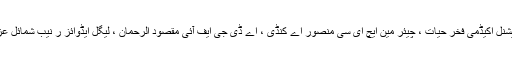
کمیٹی کے جلاس میں سیکریٹری وزارت قانون سردار رضا ، ڈی جی جوڈیشنل اکیڈمی فخر حیات ، چیئر مین ایچ ای سی منصور اے کنڈی ، اے ڈی جی ایف آئی مقصود الرحمان ، لیگل ایڈوائز ر نیب شمائل عزیز اور بار کونسلز کے بابر بلال اور محمد رشید ایڈوکیٹ نے شرکت کی ۔